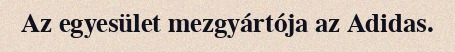
Az egyesület mezgyártója az Adidas.